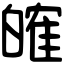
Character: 㿥